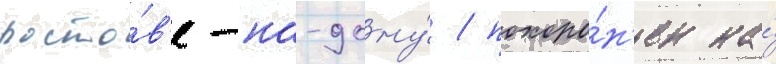
росто́в'е-на-дону́ / похоро́н'ен на́